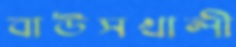
বাউসখালী